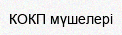
КОКП мүшелері